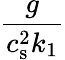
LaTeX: \frac{g}{c_{\mathrm{s}}^{2}k_{1}}